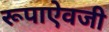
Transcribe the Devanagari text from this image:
रूपाऐवजी